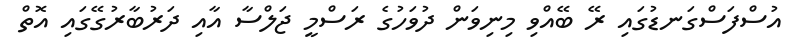
އުސްފަސްގަނޑުގައި ރޭ ބޭއްވި މިނިވަން ދުވަހުގެ ރަސްމީ ޖަލްސާ އާއި ދަރުބާރުގޭގައި އޮތް